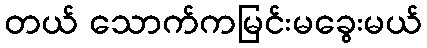
တယ် သောက်ကမြင်းမခွေးမယ်